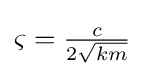
{\textstyle \varsigma ={\frac {c}{2{\sqrt {km}}}}}